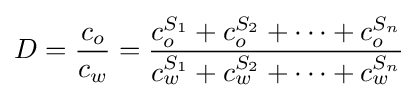
D={\frac {c_{o}}{c_{w}}}={\frac {c_{o}^{S_{1}}+c_{o}^{S_{2}}+\dots +c_{o}^{S_{n}}}{c_{w}^{S_{1}}+c_{w}^{S_{2}}+\dots +c_{w}^{S_{n}}}}